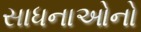
સાધનાઓનો